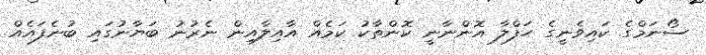
ސޯނަމްގެ ކައިވެނީގެ ހަފްލާ އޮންނާނީ ކޮންތާކު ކަމެއް އާއިލާއިން ނެރުނު ބަޔާނުގައި ބުނެފައެއް